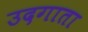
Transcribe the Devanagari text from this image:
उदगाता